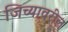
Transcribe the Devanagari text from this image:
जिच्यावरील